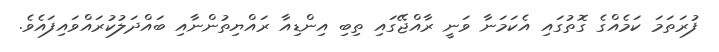
ފުރަތަމަ ކަމެއްގެ ގޮތުގައި އެކަމަނާ ވަނީ ރާއްޖޭގައި ތިބި އިންޑިއާ ރައްޔިތުންނާއި ބައްދަލުކުރައްވައިފައެވެ.